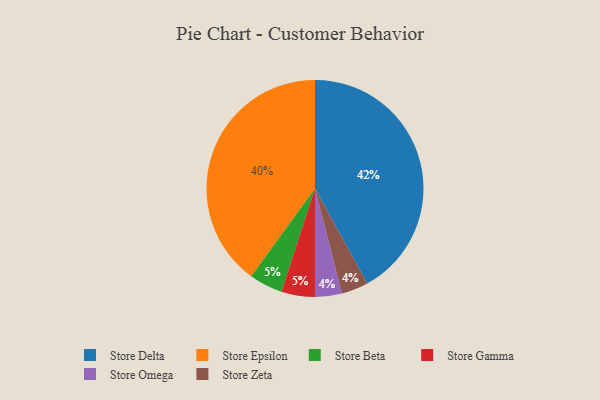
{"axis": {"x": "Category", "y": "Percentage"}, "legend": ["Store Beta", "Store Delta", "Store Epsilon", "Store Gamma", "Store Omega", "Store Zeta"], "data": [{"x": "Store Omega", "y": 4, "type": "Store Omega"}, {"x": "Store Delta", "y": 42, "type": "Store Delta"}, {"x": "Store Beta", "y": 5, "type": "Store Beta"}, {"x": "Store Gamma", "y": 5, "type": "Store Gamma"}, {"x": "Store Epsilon", "y": 40, "type": "Store Epsilon"}, {"x": "Store Zeta", "y": 4, "type": "Store Zeta"}]}